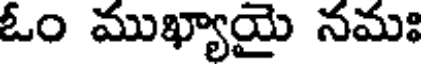
ఓం ముఖ్యాయై నమః